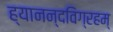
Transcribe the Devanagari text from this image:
ह्यानन्दविग्रहम्